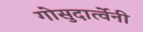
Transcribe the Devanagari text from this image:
गोसुदार्त्वेनी